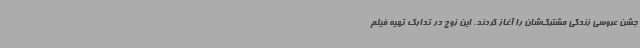
جشن عروسی زندگی مشترک‌شان را آغاز کردند. این زوج در تدارک تهیه فیلم